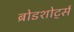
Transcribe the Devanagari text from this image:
ब्रोडशोर्ट्स